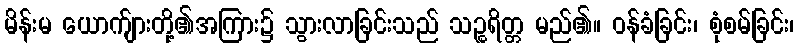
မိန်းမ ယောက်ျားတို့၏အကြား၌ သွားလာခြင်းသည် သဉ္စရိတ္တ မည်၏။ ဝန်ခံခြင်း၊ စုံစမ်ခြင်း၊